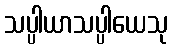
သပ္ပါယာသပ္ပါယေသု